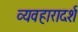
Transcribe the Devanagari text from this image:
व्‍यवहारादर्श